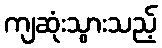
ကျဆုံးသွားသည့်